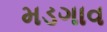
મડગાવ